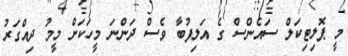
މީ ޕޮލިޓިކަލް ސައެންސް ގެ އަލިފުބާ ވެސް ދަންނަ މީހަކަށް މީމު ދިއްގަރު